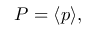
P = \langle p \rangle ,